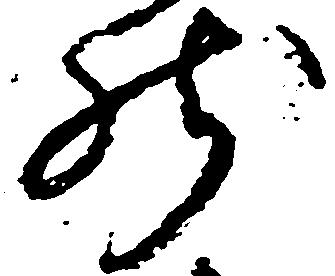
然